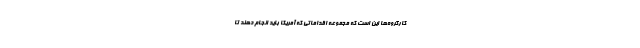
کارگروه‌ها این است که مجموعه اقداماتی که آمریکا باید انجام دهند تا